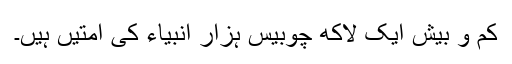
کم و بیش ایک لاکھ چوبیس ہزار انبیاء کی اُمتیں ہیں۔